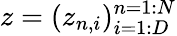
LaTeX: z=(z_{n,i})_{i=1:D}^{n=1:N}